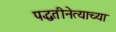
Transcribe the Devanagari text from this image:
पद्धतीनेत्याच्या